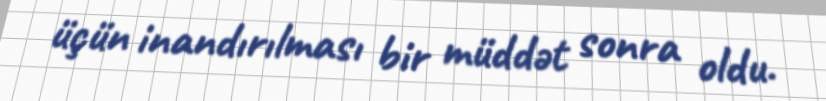
üçün inandırılması bir müddət sonra oldu.